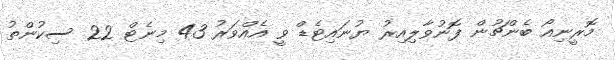
މޮރީނިއޯ ބެންޗުން ފޮނުވާލިއިރު ޔުނައިޓެޑް ވީ އެއްވަރު 43 މިނެޓް 22 ސިކުންތު